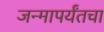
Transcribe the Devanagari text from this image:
जन्मापर्यंतचा